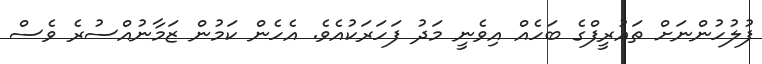
ފުލުހުންނަށް ތައުރީފްގެ ބަހެއް އިވެނީ މަދު ފަހަރަކުއެވެ. އެހެން ކަމުން ޒަމާނުއްސުރެ ވެސް